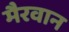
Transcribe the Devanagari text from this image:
मैरवान